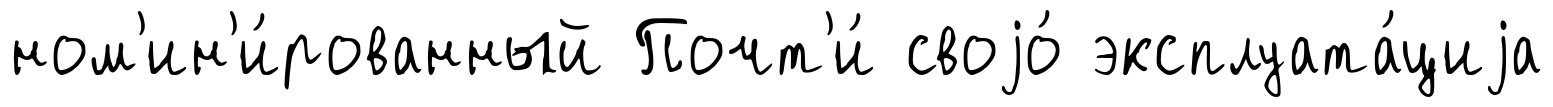
ном'ин'и́рованный Почт'и́ своjо́ эксплуата́циjа